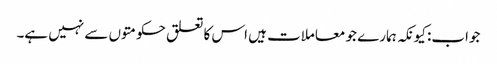
جواب: کیونکہ ہمارے جو معاملات ہیں اس کا تعلق حکومتوں سے نہیں ہے۔